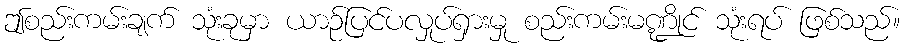
ဤစည်းကမ်းချက် သုံးခုမှာ ယာဉ်ပြင်ပလှုပ်ရှားမှု စည်းကမ်းမဏ္ဍိုင် သုံးရပ် ဖြစ်သည်။